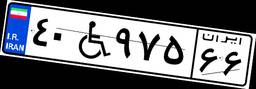
۴۰W۹۷۵۶۶